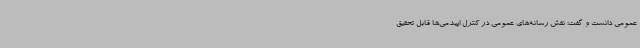
عمومی دانست و گفت: نقش رسانه‌های عمومی در کنترل اپیدمی‌ها قابل تحقیق